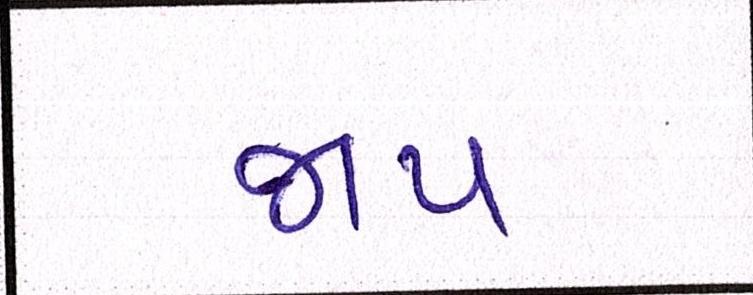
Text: જાપ